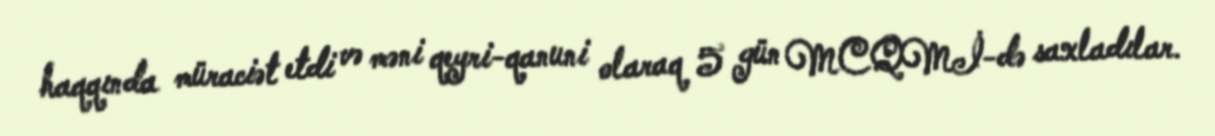
haqqında müraciət etdi və məni qeyri-qanuni olaraq 5 gün MCQMİ-də saxladılar.